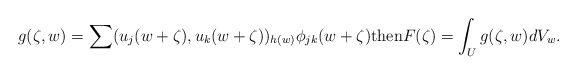
\begin{align*} g(\zeta,w)=\sum (u_j(w+\zeta),u_k(w+\zeta))_{h(w)}\phi_{jk}(w+\zeta) \mathrm{then} F(\zeta)=\int_Ug(\zeta,w)dV_w. \end{align*}